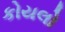
કોયલો